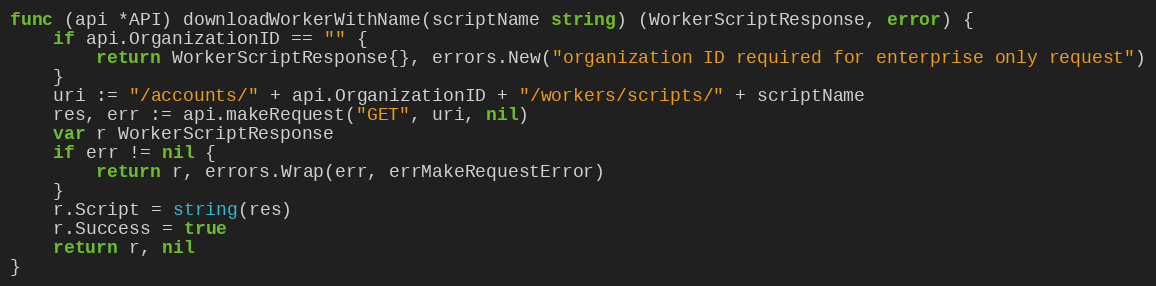
Language: Go
func (api *API) downloadWorkerWithName(scriptName string) (WorkerScriptResponse, error) {
	if api.OrganizationID == "" {
		return WorkerScriptResponse{}, errors.New("organization ID required for enterprise only request")
	}
	uri := "/accounts/" + api.OrganizationID + "/workers/scripts/" + scriptName
	res, err := api.makeRequest("GET", uri, nil)
	var r WorkerScriptResponse
	if err != nil {
		return r, errors.Wrap(err, errMakeRequestError)
	}
	r.Script = string(res)
	r.Success = true
	return r, nil
}